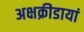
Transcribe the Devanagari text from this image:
अक्षक्रीडायां